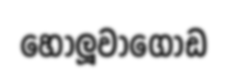
හෝලූවාගොඩ